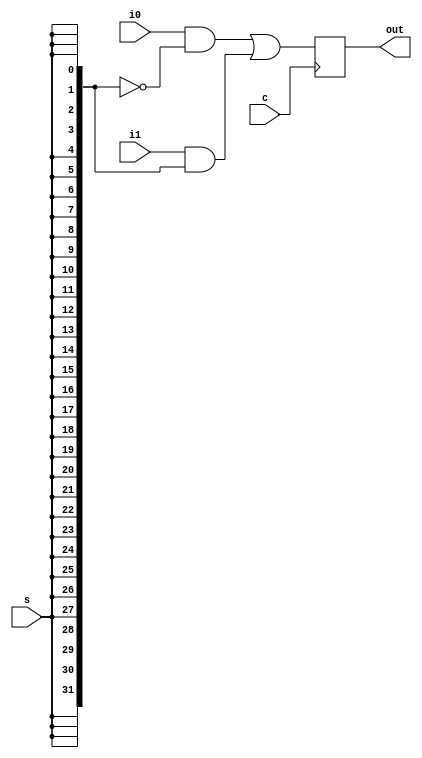
module mux32(i0,i1,s,out,c);
input [31:0]i0,i1;
input s,c;
output [31:0]out;
wire [31:0]o;
reg [31:0]out;

wire [31:0]s1;

assign s1[0]=s;
assign s1[1]=s;
assign s1[2]=s;
assign s1[3]=s;

assign s1[4]=s;
assign s1[5]=s;
assign s1[6]=s;
assign s1[7]=s;

assign s1[8]=s;
assign s1[9]=s;
assign s1[10]=s;
assign s1[11]=s;

assign s1[12]=s;
assign s1[13]=s;
assign s1[14]=s;
assign s1[15]=s;

assign s1[16]=s;
assign s1[17]=s;
assign s1[18]=s;
assign s1[19]=s;

assign s1[20]=s;
assign s1[21]=s;
assign s1[22]=s;
assign s1[23]=s;

assign s1[24]=s;
assign s1[25]=s;
assign s1[26]=s;
assign s1[27]=s;

assign s1[28]=s;
assign s1[29]=s;
assign s1[30]=s;
assign s1[31]=s;


assign o =i0&(~s1) | i1&s1;


	always @ (posedge c)
	   begin 
		 out<=o;
	   end



endmodule


module mux2(i0,i1,s,out,c);
input i0,i1,s,c;
output out;
wire o;
reg out;
assign o =i0&(~s) | i1&s;


	always @ (posedge c)
	   begin 
		 out<=o;
	   end



endmodule